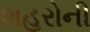
શહરોની